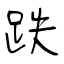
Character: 跌